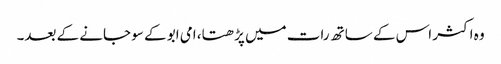
وہ اکثر اس کے ساتھ رات میں پڑھتا، امی ابو کے سو جانے کے بعد۔